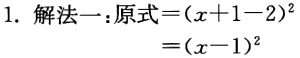
1. 解法一：原式\(=(x + 1 - 2)^2\)

\(=(x - 1)^2\)